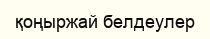
қоңыржай белдеулер